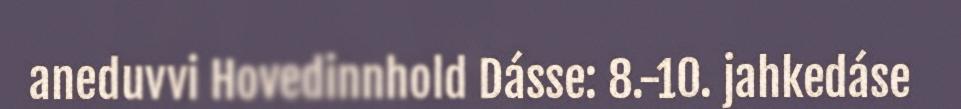
aneduvvi Hovedinnhold Dásse: 8.-10. jahkedáse